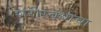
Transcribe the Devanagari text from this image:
शरीरबंधाचा